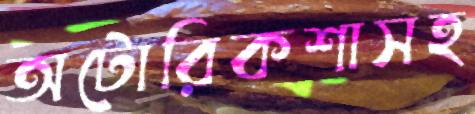
অটোরিকশাসহ